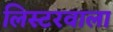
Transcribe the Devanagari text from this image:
लिस्टरवाला